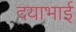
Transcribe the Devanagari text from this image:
दयाभाई